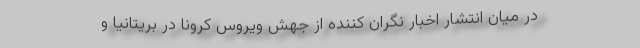
در میان انتشار اخبار نگران کننده از جهش ویروس کرونا در بریتانیا و